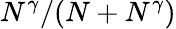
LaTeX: N^{\gamma}/(N+N^{\gamma})